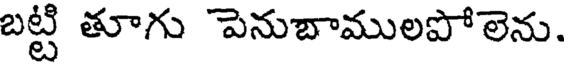
బట్టి తూగు పెనుబాములపోలెను.